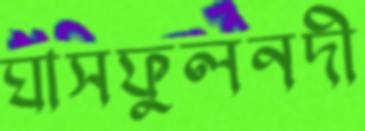
ঘাসফুলনদী